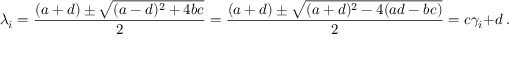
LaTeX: \lambda _ { i } = { \frac { ( a + d ) \pm { \sqrt { ( a - d ) ^ { 2 } + 4 b c } } } { 2 } } = { \frac { ( a + d ) \pm { \sqrt { ( a + d ) ^ { 2 } - 4 ( a d - b c ) } } } { 2 } } = c \gamma _ { i } + d \ .